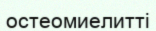
остеомиелитті